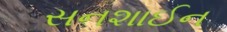
સનશાઈન